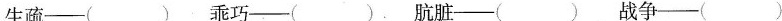
生疏—( ) 乖巧—( ) 肮脏—( ) 战争—( )